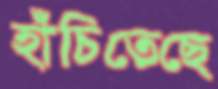
হাঁচিতেছে